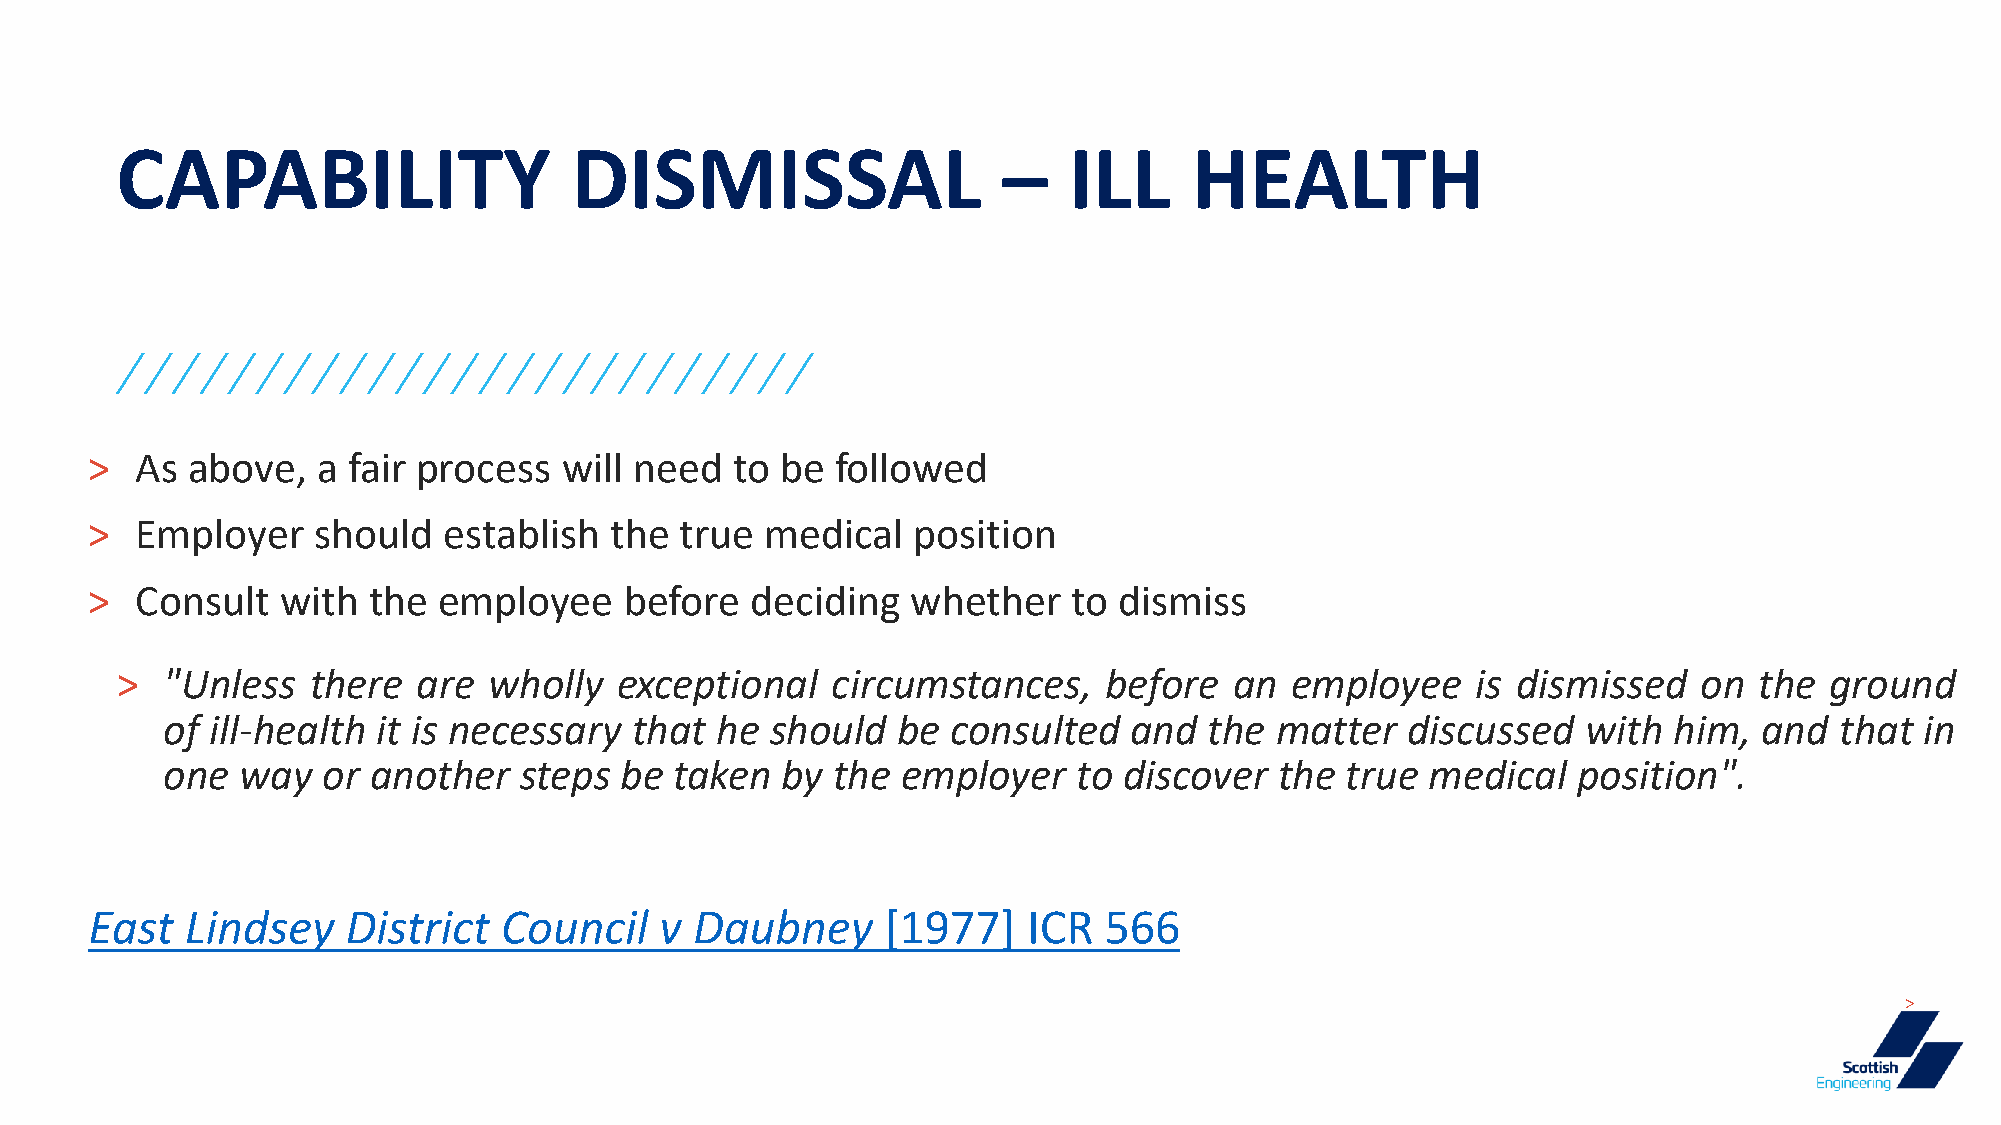
CAPABILITY                    DISMISSAL                   –    ILL     HEALTH
 >  As above,   a fair process  will need  to  be followed
 >  Employer    should  establish  the  true  medical  position
 >  Consult   with the  employee    before   deciding  whether    to dismiss
 >  "Unless  there   are wholly   exceptional   circumstances,    before   an employee     is dismissed   on the  ground
 of ill-health it is necessary  that he  should  be  consulted   and  the matter   discussed   with  him,  and  that in
 one  way  or another   steps  be  taken  by the  employer   to discover   the true  medical  position".
 East  Lindsey    District  Council    v Daubney      [1977]   ICR  566
 >